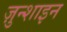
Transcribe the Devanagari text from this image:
ज़ुन्शाइन